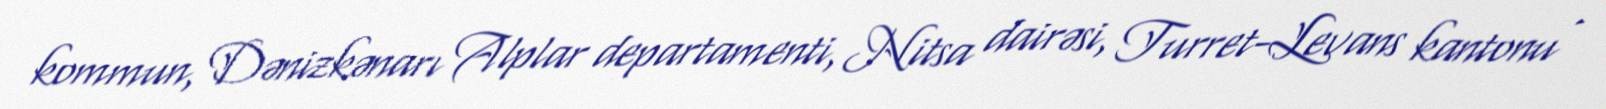
kommun, Dənizkənarı Alplar departamenti, Nitsa dairəsi, Turret-Levans kantonu .